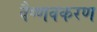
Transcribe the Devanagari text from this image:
वैष्णवकरण